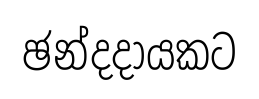
ඡන්දදායකට